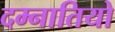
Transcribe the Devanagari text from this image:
दम्नातियो